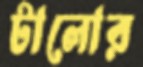
টালোর